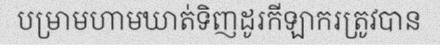
បម្រាមហាមឃាត់ទិញដូរកីឡាករត្រូវបាន